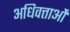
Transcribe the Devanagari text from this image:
अधिवत्ताओं